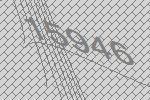
15946